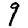
Digit: 9